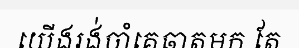
យើងរង់ចាំគេឆាតមក តែ